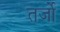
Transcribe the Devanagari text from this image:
तर्जो